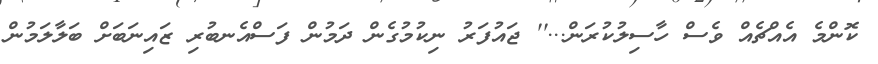
ކޮންމެ އެއްޗެއް ވެސް ހާސިލުކުރަން...'' ޖައުފަރު ނިކުމުގެން ދަމުން ފަސްއެނބުރި ޒައިނަބަށް ބަލާލަމުން